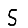
Digit: 5